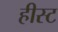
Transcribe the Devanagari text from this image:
हीस्ट